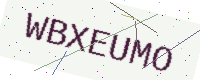
Text: WBXEUMO